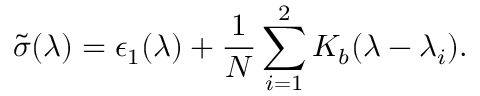
\tilde { \sigma } ( \lambda ) = \epsilon _ { 1 } ( \lambda ) + { \frac { 1 } { N } } \sum _ { i = 1 } ^ { 2 } K _ { b } ( \lambda - \lambda _ { i } ) .